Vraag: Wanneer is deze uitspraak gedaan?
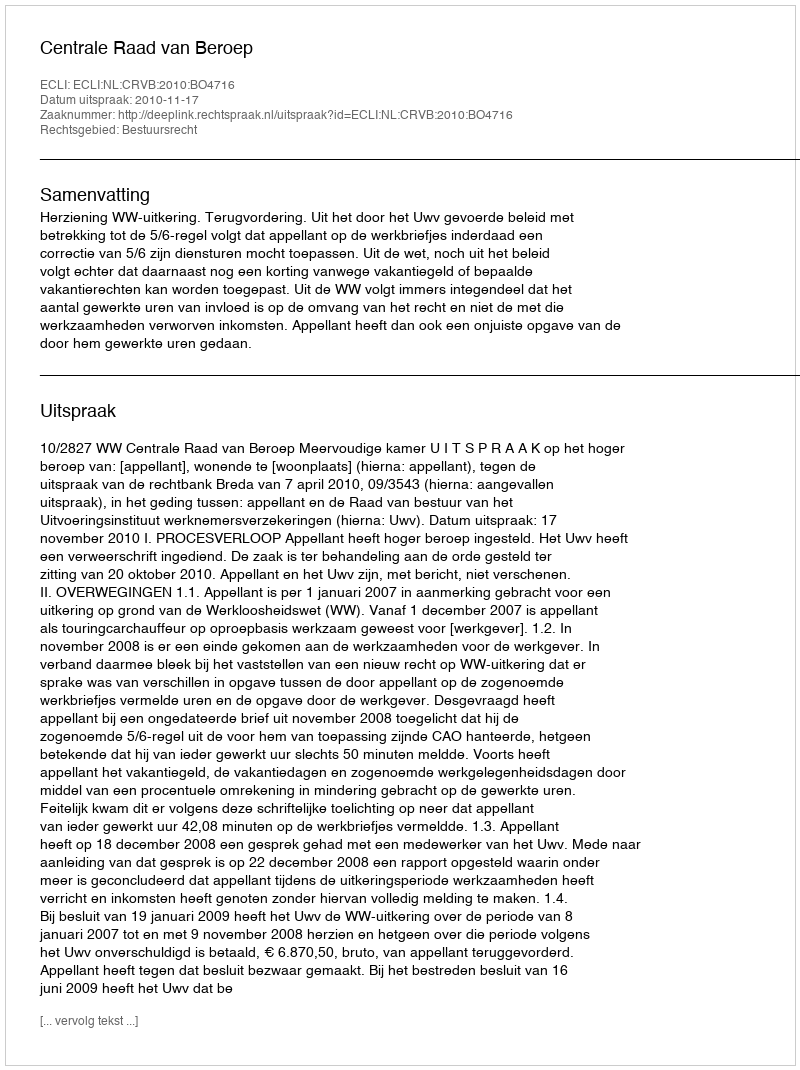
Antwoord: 2010-11-17